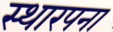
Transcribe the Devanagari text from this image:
स्थारपना